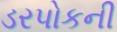
ડરપોકની